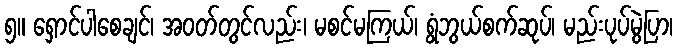
၅။ ရှောင်ပါစေချင်၊ အဝတ်တွင်လည်း၊ မစင်မကြယ်၊ ရွံဘွယ်စက်ဆုပ်၊ မည်းပုပ်မွဲပြာ၊